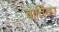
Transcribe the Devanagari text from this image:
वार्तिका